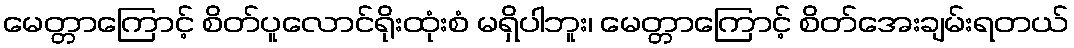
မေတ္တာကြောင့် စိတ်ပူလောင်ရိုးထုံးစံ မရှိပါဘူး၊ မေတ္တာကြောင့် စိတ်အေးချမ်းရတယ်